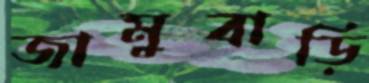
জামুবাড়ি